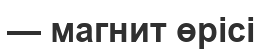
— магнит өрісі